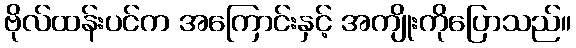
ဗိုလ်ထန်းပင်က အကြောင်းနှင့် အကျိုးကိုပြောသည်။